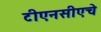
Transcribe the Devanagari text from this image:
टीएनसीएचे